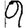
Digit: 9